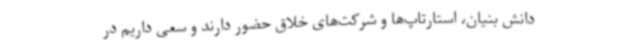
دانش بنیان، استارتاپ‌ها و شرکت‌های خلاق حضور دارند و سعی داریم در